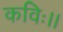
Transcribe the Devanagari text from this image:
कविः।।